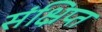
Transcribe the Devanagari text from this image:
संक्ष्रिप्त